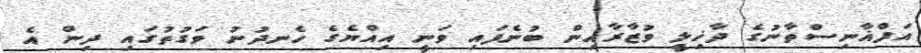
އަފްޣާނިސްތާނުގެ ދާޚިލީ ވުޒާރާއިން ބުނެފައި ވަނީ އިއްޔެގެ ހެނދުނު ވަގުތުގައި ދިން އެ